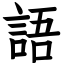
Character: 語